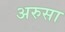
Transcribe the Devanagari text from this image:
अरुसा